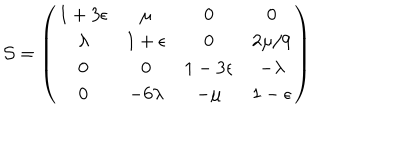
{ \cal S } = \left( \begin{matrix} { { 1 + 3 \epsilon } } & { { \mu } } & { { 0 } } & { { 0 } } \\ { { \lambda } } & { { 1 + \epsilon } } & { { 0 } } & { { 2 \mu / 9 } } \\ { { 0 } } & { { 0 } } & { { 1 - 3 \epsilon } } & { { - \lambda } } \\ { { 0 } } & { { - 6 \lambda } } & { { - \mu } } & { { 1 - \epsilon } } \\ \end{matrix} \right)